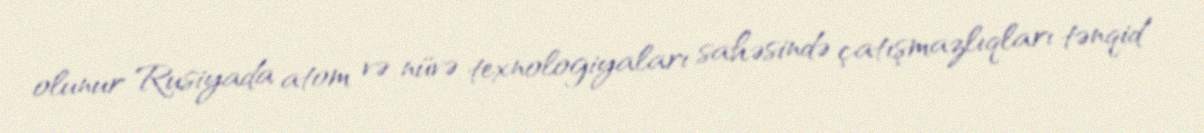
olunur Rusiyada atom və nüvə texnologiyaları sahəsində çatışmazlıqları tənqid